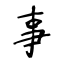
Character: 事